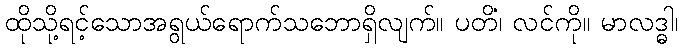
ထိုသို့ရင့်သောအရွယ်ရောက်သဘောရှိလျက်။ ပတိံ၊ လင်ကို။ မာလဒ္ဓါ၊